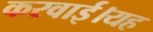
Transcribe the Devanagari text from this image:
करवाई।यह